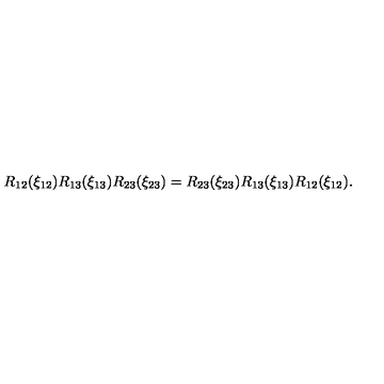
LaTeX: R _ { 1 2 } ( \xi _ { 1 2 } ) R _ { 1 3 } ( \xi _ { 1 3 } ) R _ { 2 3 } ( \xi _ { 2 3 } ) = R _ { 2 3 } ( \xi _ { 2 3 } ) R _ { 1 3 } ( \xi _ { 1 3 } ) R _ { 1 2 } ( \xi _ { 1 2 } ) .